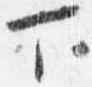
下